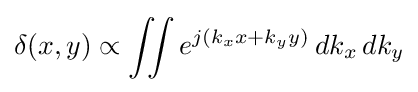
\delta (x,y)\propto \iint e^{j(k_{x}x+k_{y}y)}\,dk_{x}\,dk_{y}